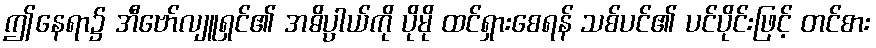
ဤနေရာ၌ အီဗော်လျူရှင်၏ အဓိပ္ပါယ်ကို ပိုမို ထင်ရှားစေရန် သစ်ပင်၏ ပင်ပိုင်းဖြင့် တင်စား